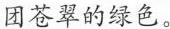
团苍翠的绿色。